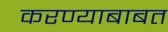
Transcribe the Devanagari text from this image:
करण्‍याबाबत